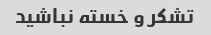
تشکر و خسته نباشید